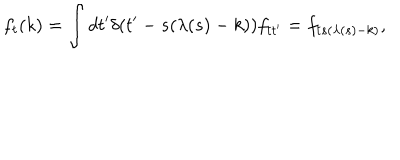
f _ { t } ( k ) = \int d t ^ { \prime } \delta ( t ^ { \prime } - s ( \lambda ( s ) - k ) ) f _ { t t ^ { \prime } } = f _ { t s ( \lambda ( s ) - k ) } ,